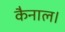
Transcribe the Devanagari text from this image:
कैनाल।